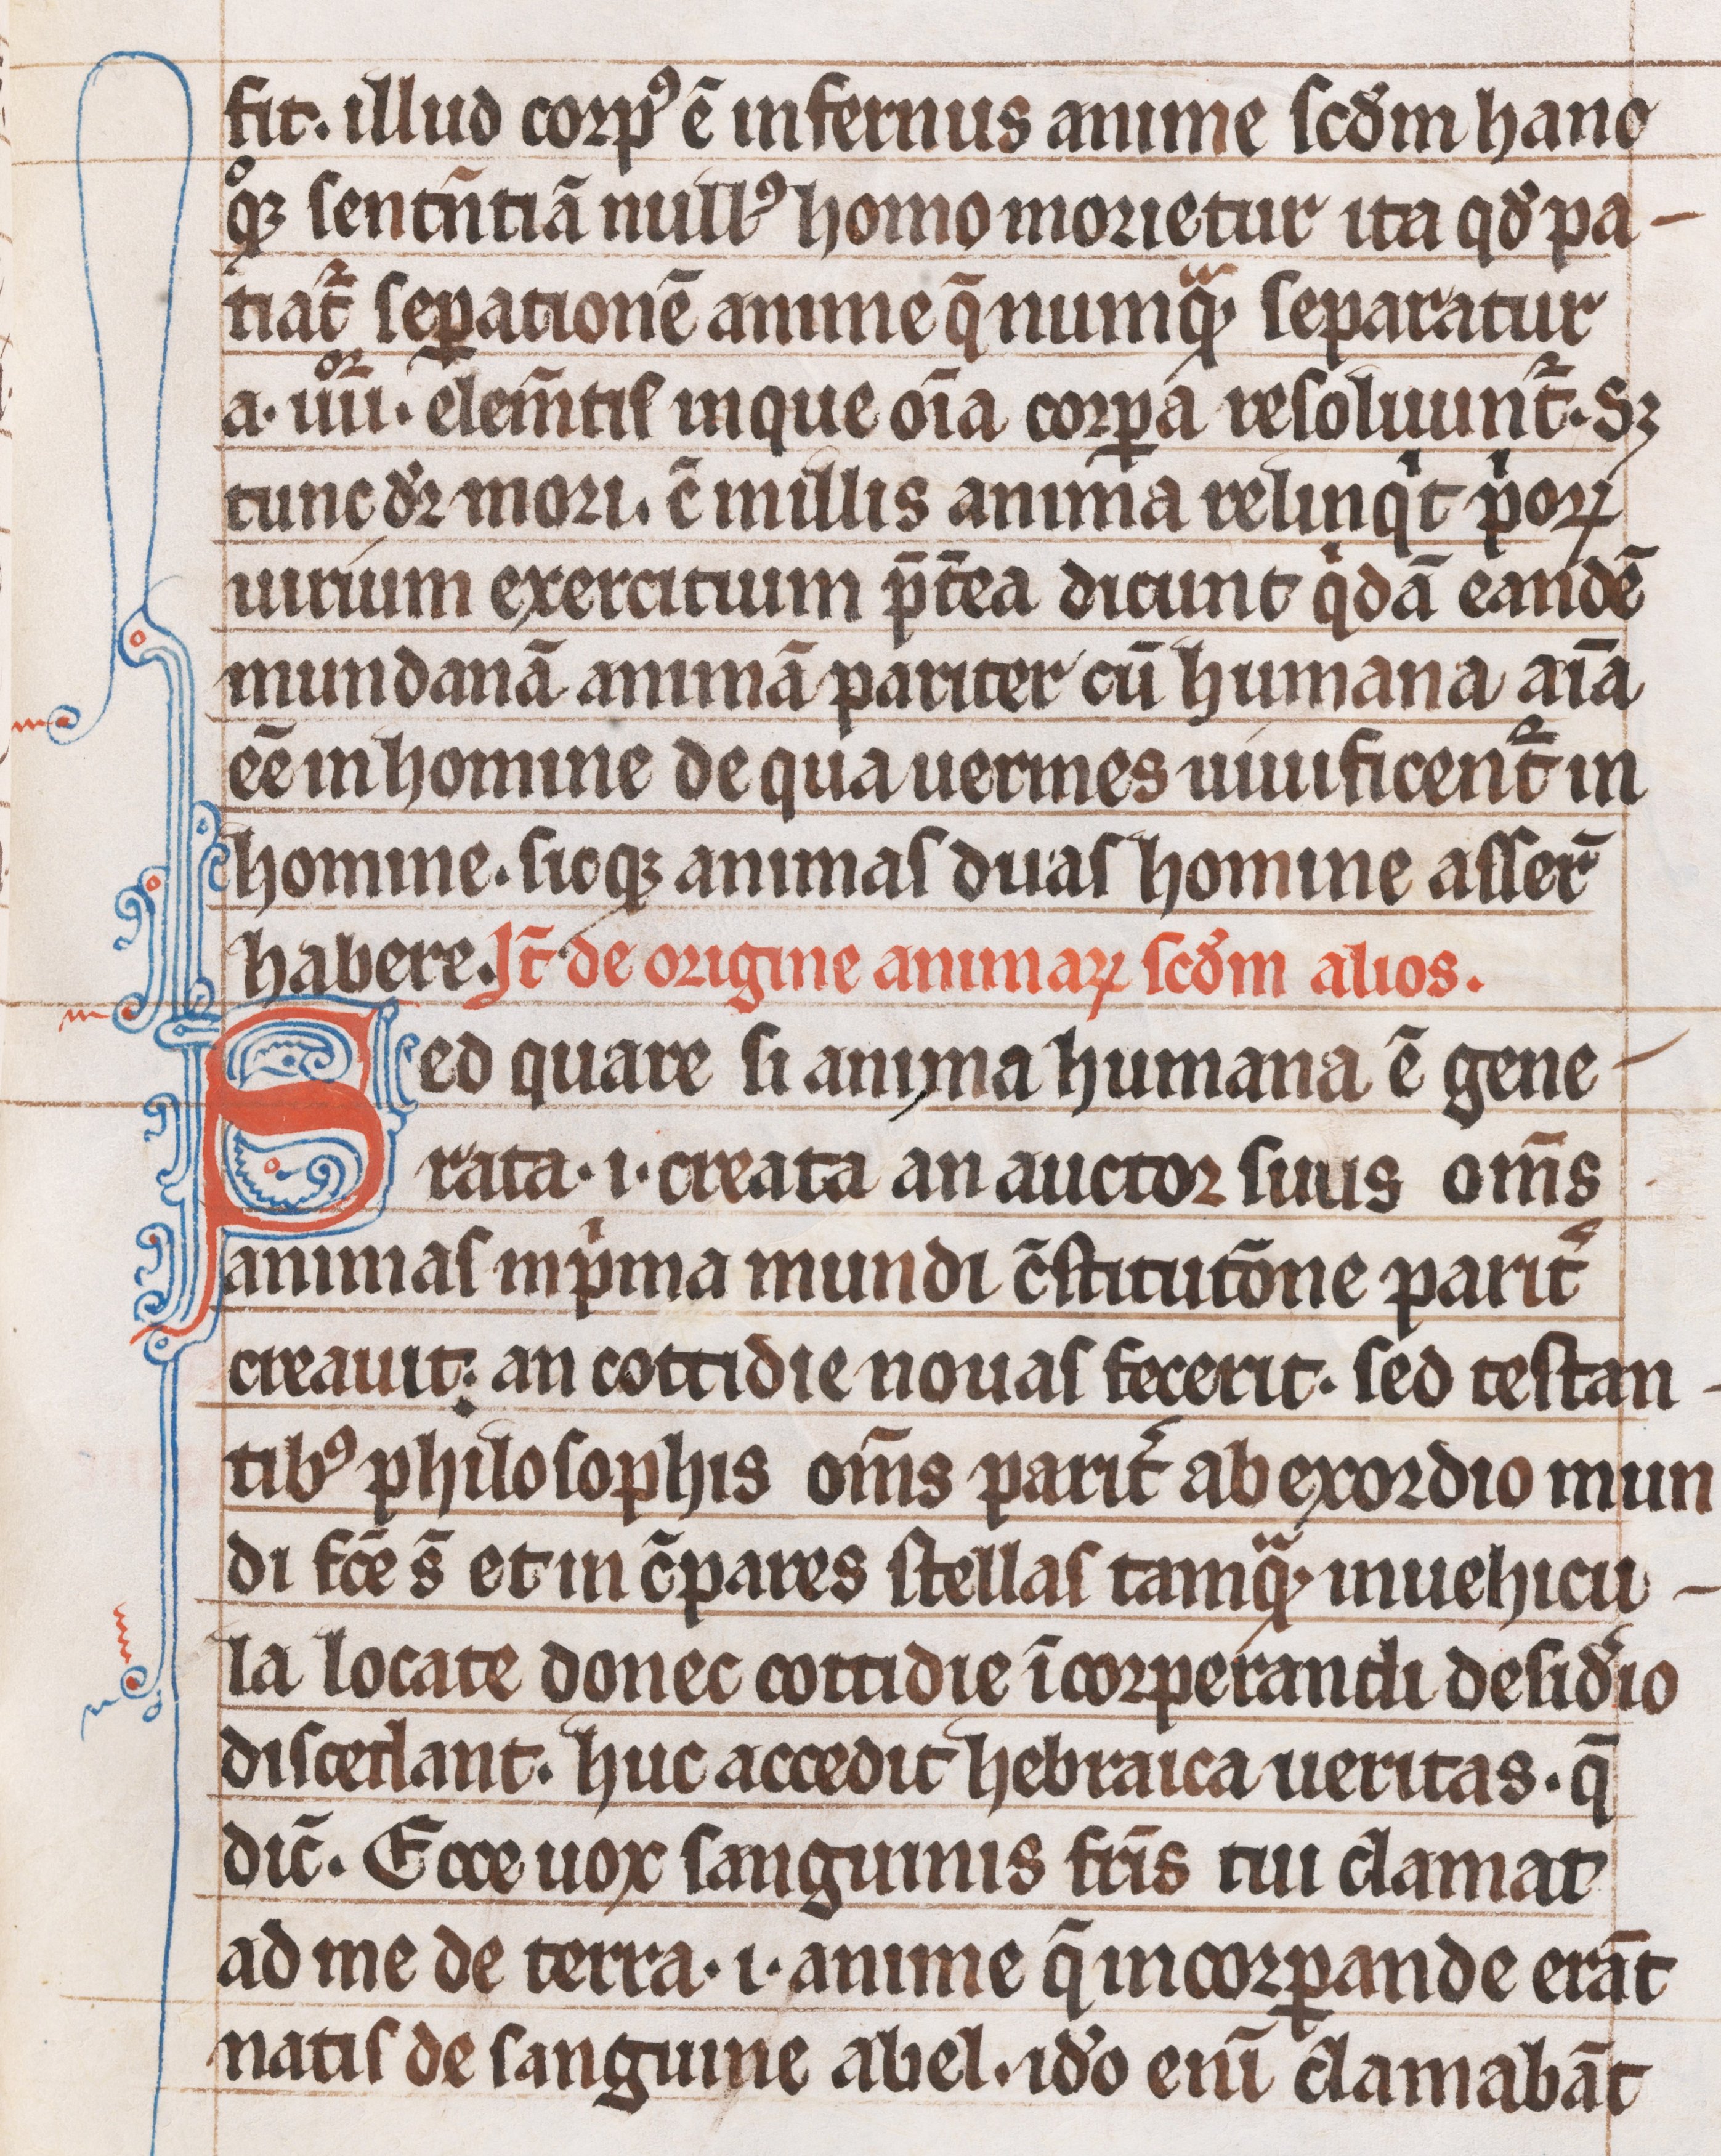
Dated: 1200–1299